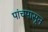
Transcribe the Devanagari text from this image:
पांचपासून